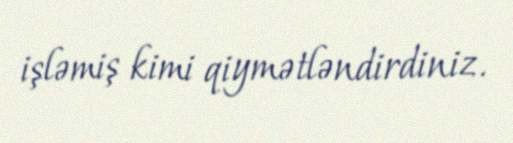
işləmiş kimi qiymətləndirdiniz.